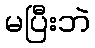
မပြီးဘဲ